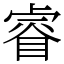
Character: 睿